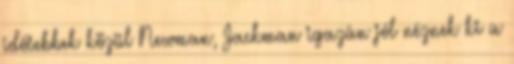
idősebbek közül Newman, Jackman igazán jól néznek ki a